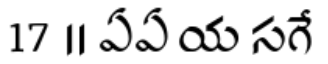
17 ॥ ఏఏ య సగే